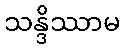
သန္ဒိဿာမ